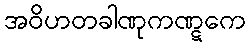
အဝိဟတခါဏုကဏ္ဋကေ